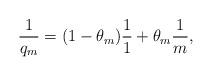
LaTeX: \begin{align*}\frac{1}{q_m}=(1-\theta_m)\frac{1}{1}+\theta_m\frac{1}{m},\end{align*}